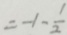
= - 1 - \frac { 1 } { 2 }